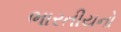
ભારતીયનો